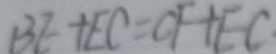
B E + E C = C F + E C